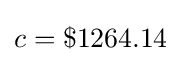
c=\$1264.14